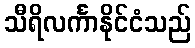
သီရိလင်္ကာနိုင်ငံသည်